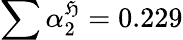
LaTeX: \sum\alpha_{2}^{\mathfrak{H}}=0.229